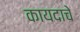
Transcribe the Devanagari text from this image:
कायदाचे